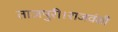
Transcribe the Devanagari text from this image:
ताजपुरी।राजवंशी